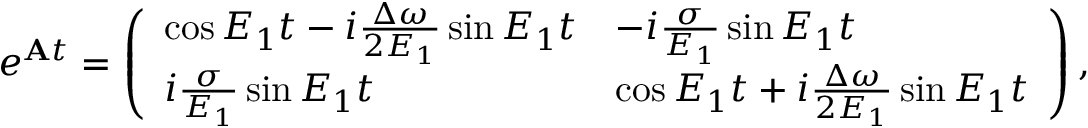
e ^ { \mathbf { A } t } = \left( \begin{array} { l l } { \cos { E _ { 1 } t } - i \frac { \Delta \omega } { 2 E _ { 1 } } \sin { E _ { 1 } t } } & { - i \frac { \sigma } { E _ { 1 } } \sin E _ { 1 } t } \\ { i \frac { \sigma } { E _ { 1 } } \sin E _ { 1 } t } & { \cos { E _ { 1 } t } + i \frac { \Delta \omega } { 2 E _ { 1 } } \sin { E _ { 1 } t } } \end{array} \right) ,